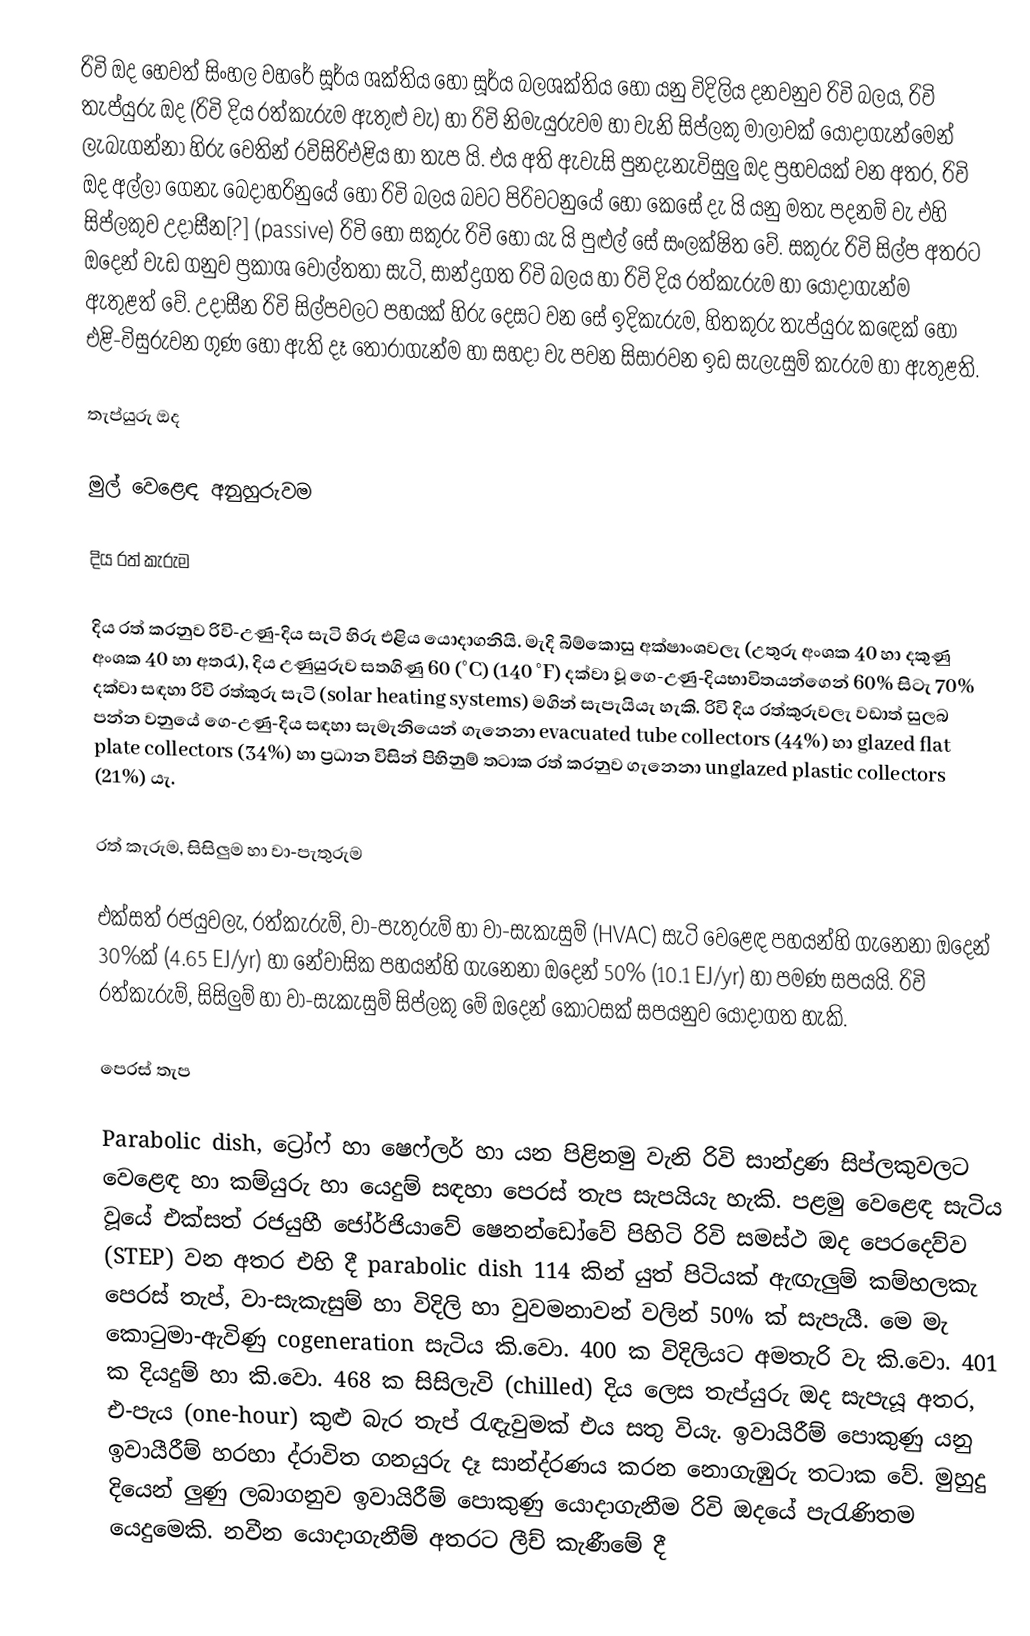
රිවි ඔද හෙවත් සිංහල වහරේ සූර්ය ශක්තිය හෝ සූර්ය බලශක්තිය හෝ යනු විදිලිය දනවනුව රිවි බලය, රිවි තැප්යුරු ඔද (රිවි දිය රත්කැරුම ඇතුළු වැ) හා රිවි නිමැයුරුවම හා වැනි සිප්ලකු මාලාවක් යොදාගැන්මෙන් ලැබැගන්නා හිරු වෙතින් රවිසිරිඑළිය හා තැප යි. එය අති ඇවැසි පුනදැනැවිසුලු ඔද ප්‍රභවයක් වන අතර, රිවි ඔද අල්ලා ගෙනැ බෙදාහරිනුයේ හෝ රිවි බලය බවට පිරිවටනුයේ හෝ කෙසේ දැ යි යනු මතැ පදනම් වැ එහි සිප්ලකුව උදාසීන[?] (passive) රිවි හෝ සකුරු රිවි හෝ යැ යි පුළුල් සේ සංලක්ෂිත වේ. සකුරු රිවි සිල්ප අතරට ඔදෙන් වැඩ ගනුව ප්‍රකාශ වෝල්තතා සැටි, සාන්ද්‍රගත රිවි බලය හා රිවි දිය රත්කැරුම හා යොදාගැන්ම ඇතුළත් වේ. උදාසීන රිවි සිල්පවලට පහයක් හිරු දෙසට වන සේ ඉදිකැරුම, හිතකුරු තැප්යුරු කඳෙක් හෝ එළි-විසුරුවන ගුණ හෝ ඇති දෑ තෝරාගැන්ම හා සහදා වැ පවන සිසාරවන ඉඩ සැලැසුම් කැරුම හා ඇතුළති.

තැප්යුරු ඔද

මුල් වෙළෙඳ අනුහුරුවම

දිය රත් කැරුම

දිය රත් කරනුව රිවි-උණු-දිය සැටි හිරු එළිය යොදාගනියි. මැදි බිම්කොසු අක්ෂාංශවලැ (උතුරු අංශක 40 හා දකුණු අංශක 40 හා අතරැ), දිය උණුයුරුව සතගිණු 60 (°C) (140 °F) දක්වා වූ ගෙ-උණු-දියභාවිතයන්ගෙන් 60% සිටැ 70% දක්වා සඳහා රිවි රත්කුරු සැටි (solar heating systems) මගින් සැපැයියැ හැකි. රිවි දිය රත්කුරුවලැ වඩාත් සුලබ පන්න වනුයේ ගෙ-උණු-දිය සඳහා සැමැනියෙන් ගැනෙනා evacuated tube collectors (44%) හා glazed flat plate collectors (34%) හා ප්‍රධාන විසින් පිහිනුම් තටාක රත් කරනුව ගැනෙනා unglazed plastic collectors (21%) යැ.

රත් කැරුම, සිසිලුම හා වා-පැතුරුම

එක්සත් රජයුවලැ, රත්කැරුම්, වා-පැතුරුම් හා වා-සැකැසුම් (HVAC) සැටි වෙළෙඳ පහයන්හි ගැනෙනා ඔදෙන් 30%ක් (4.65 EJ/yr) හා නේවාසික පහයන්හි ගැනෙනා ඔදෙන් 50% (10.1 EJ/yr) හා පමණ සපයයි. රිවි රත්කැරුම්, සිසිලුම් හා වා-සැකැසුම් සිප්ලකු මේ ඔදෙන් කොටසක් සපයනුව යොදාගත හැකි.

පෙරස් තැප

Parabolic dish, ට්‍රෝෆ් හා ෂෙෆ්ලර් හා යන පිළිනමු වැනි රිවි සාන්ද්‍රණ සිප්ලකුවලට වෙළෙඳ හා කම්යුරු හා යෙදුම් සඳහා පෙරස් තැප සැපයියැ හැකි. පළමු වෙළෙඳ සැටිය වූයේ එක්සත් රජයුහී ජෝර්ජියාවේ ෂෙනන්ඩෝවේ පිහිටි රිවි සමස්ථ ඔද පෙරදෙව්ව (STEP) වන අතර එහි දී parabolic dish 114 කින් යුත් පිටියක් ඇඟැලුම් කම්හලකැ පෙරස් තැප්, වා-සැකැසුම් හා විදිලි හා වුවමනාවන් වලින් 50% ක් සැපැයී. මෙ මැ කොටුමා-ඇවිණු cogeneration සැටිය කි.වො. 400 ක විදිලියට අමතැරි වැ කි.වො. 401 ක දියදුම් හා  කි.වො. 468 ක සිසිලැවි (chilled) දිය ලෙස තැප්යුරු ඔද සැපැයූ අතර, එ-පැය (one-hour) කුළු බැර තැප් රැඳැවුමක් එය සතු වියැ. ඉවායිරීම් පොකුණු යනු ඉවායීරීම් හරහා ද්රාවිත ගනයුරු දෑ සාන්ද්රණය කරන නොගැඹුරු තටාක වේ. මුහුදු දියෙන් ලුණු ලබාගනුව ඉවායිරීම් පොකුණු යොදාගැනීම රිවි ඔදයේ පැරැණිතම යෙදුමෙකි. නවීන යොදාගැනීම් අතරට ලීච් කැණීමේ දී